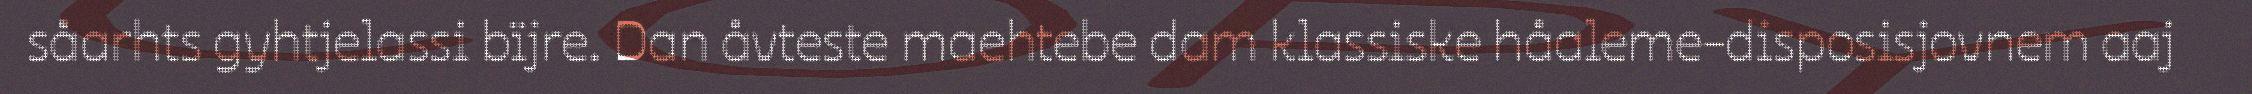
såarhts gyhtjelassi bïjre. Dan åvteste maehtebe dam klassiske håaleme-disposisjovnem aaj